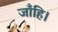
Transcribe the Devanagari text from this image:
जाँहि।